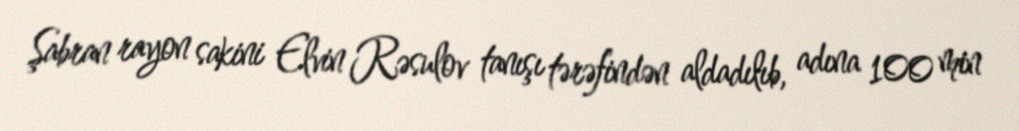
Şabran rayon sakini Elvin Rəsulov tanışı tərəfindən aldadılıb, adına 100 min